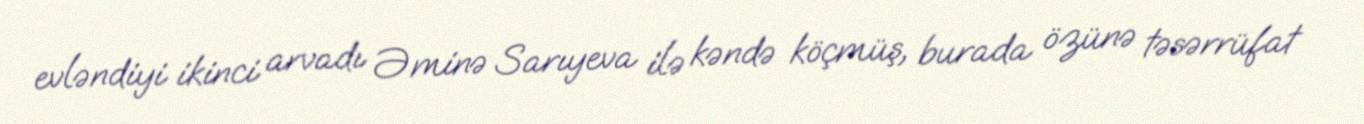
evləndiyi ikinci arvadı Əminə Sarıyeva ilə kəndə köçmüş, burada özünə təsərrüfat